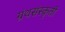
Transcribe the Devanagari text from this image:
ग्रंथसंस्‍कृती